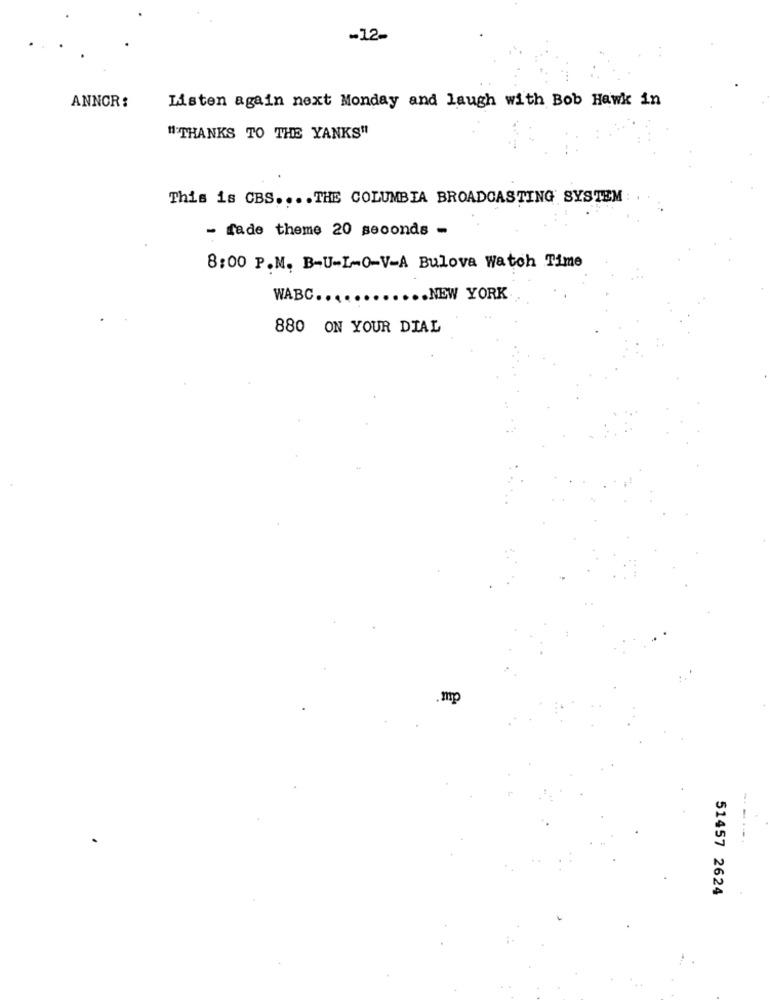
-12-
Listen again next Monday and laugh with Bob Hawk in
ANNCR:
"THANKS TO THE YANKS"
This is CBS .... THE COLUMBIA BROADCASTING SYSTEM
- fade theme 20 seconds -
8:00 P.M. B-U-I-0-V-A Bulova Watch Time
WABC ............ NEW YORK
880 ON YOUR DIAL
mp
-----
51457 2624